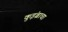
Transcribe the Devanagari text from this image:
कुइंब्राचा